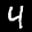
Label: 4